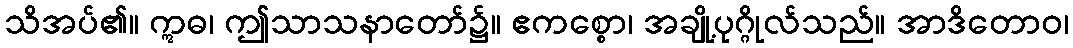
သိအပ်၏။ ဣဓ၊ ဤသာသနာတော်၌။ ဧကစ္စော၊ အချို့ပုဂ္ဂိုလ်သည်။ အာဒိတောဝ၊